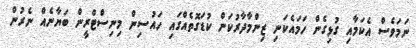
ނަމަވެސް އެކަމާއި ގުޅިގެން ހަމައެކަނި ޒިންމާދާރުކަން ކުޑަގޮތެއްގައި ހައުސިން މިނިސްޓްރީން ބަޔާނެއް ނެރުން